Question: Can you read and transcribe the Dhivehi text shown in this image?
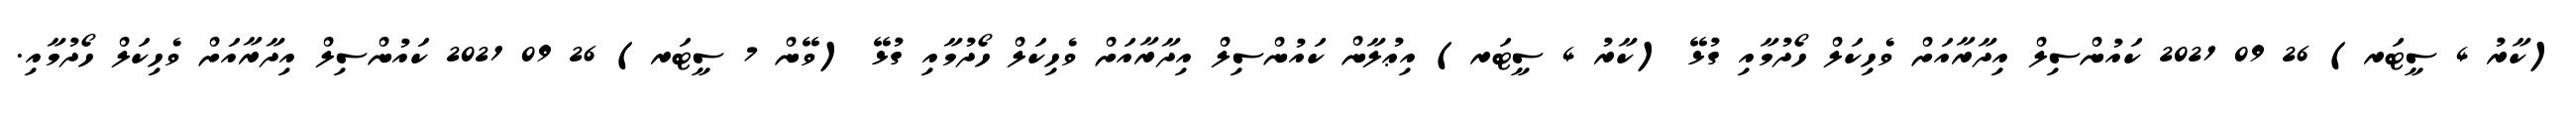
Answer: (ކާރު 4 ސީޓަރ) 26 09 2021 ކައުންސިލް އިދާރާއަށް ވެހިކަލް ހޯދުމާއި ގުޅޭ (ކާރު 4 ސީޓަރ) އިޢުލާން ކައުންސިލް އިދާރާއަށް ވެހިކަލް ހޯދުމާއި ގުޅޭ (ވޭން 7 ސީޓަރ) 26 09 2021 ކައުންސިލް އިދާރާއަށް ވެހިކަލް ހޯދުމާއި.